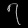
Digit: ၇